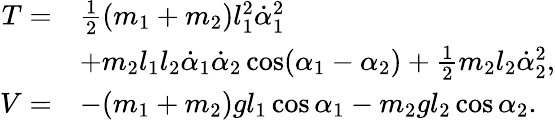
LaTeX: \begin{array}{rl}{T=}&{\frac{1}{2}(m_{1}+m_{2})l_{1}^{2}\dot{\alpha}_{1}^{2}}\\ &{+m_{2}l_{1}l_{2}\dot{\alpha}_{1}\dot{\alpha}_{2}\cos(\alpha_{1}-\alpha_{2})+\frac{1}{2}m_{2}l_{2}\dot{\alpha}_{2}^{2},}\\ {V=}&{-(m_{1}+m_{2})gl_{1}\cos\alpha_{1}-m_{2}gl_{2}\cos\alpha_{2}.}\end{array}